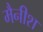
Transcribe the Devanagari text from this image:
मैनीश